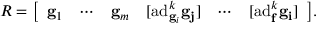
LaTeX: R = { \left[ \begin{array} { l l l l l l } { \mathbf { g } _ { 1 } } & { \cdots } & { \mathbf { g } _ { m } } & { [ \mathrm { a d } _ { \mathbf { g } _ { i } } ^ { k } \mathbf { \mathbf { g } _ { j } } ] } & { \cdots } & { [ \mathrm { a d } _ { \mathbf { f } } ^ { k } \mathbf { \mathbf { g } _ { i } } ] } \end{array} \right] } .